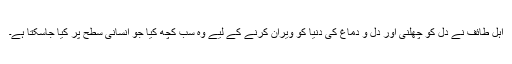
اہلِ طائف نے دل کو چھلنی اور دل و دماغ کی دنیا کو ویران کرنے کے لیے وہ سب کچھ کیا جو انسانی سطح پر کیا جاسکتا ہے۔